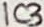
Text: IC3